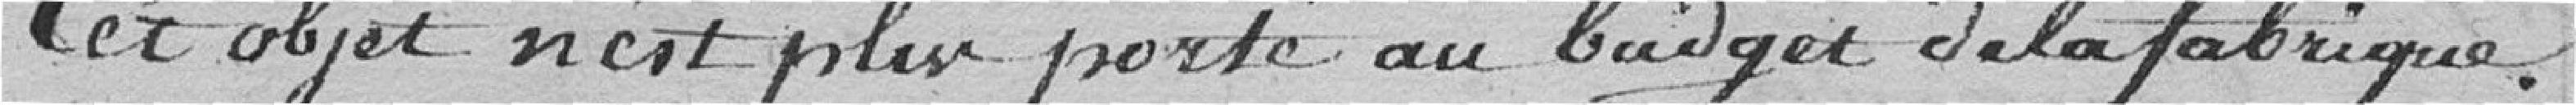
Cet objet n'est plus porté au budget de la fabrique.